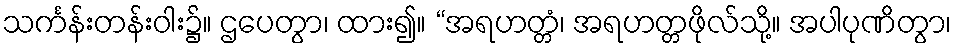
သင်္ကန်းတန်းဝါး၌။ ဌပေတွာ၊ ထား၍။ “အရဟတ္တံ၊ အရဟတ္တဖိုလ်သို့။ အပါပုဏိတွာ၊